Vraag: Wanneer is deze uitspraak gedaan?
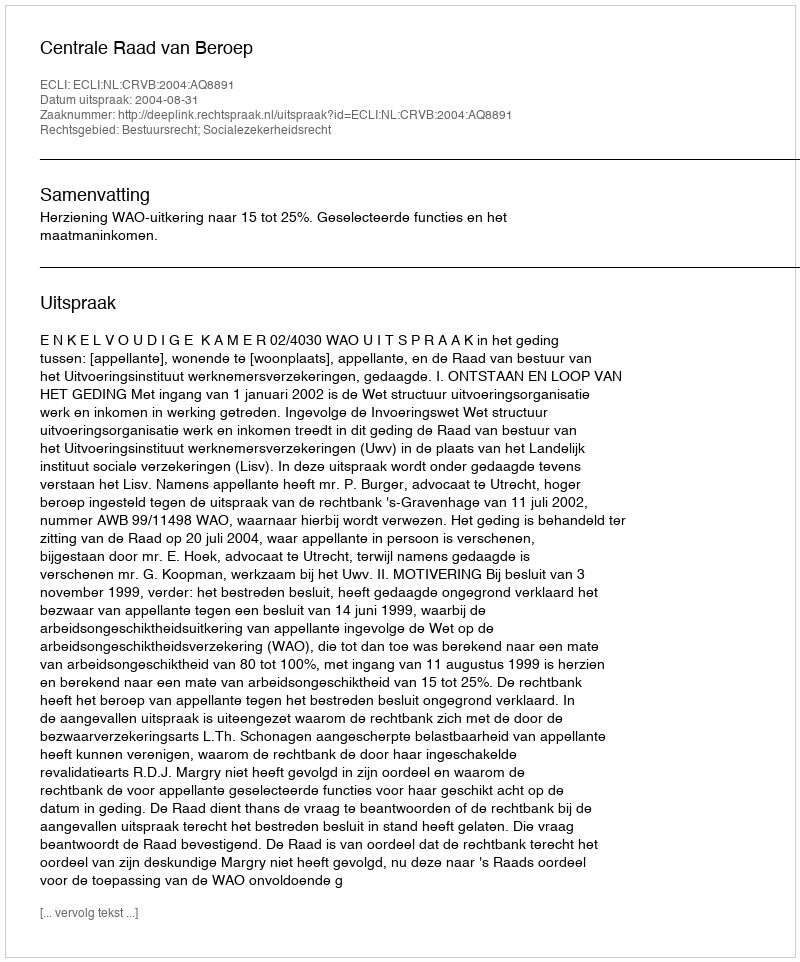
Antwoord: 2004-08-31